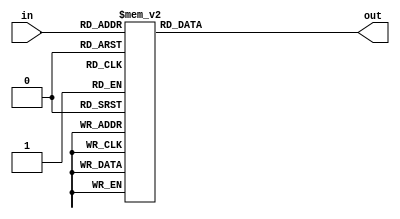
module SevenSegment_2(in,out);
input [3:0]in;
output [3:0]out;
reg [3:0]out;
	always@(*)
	begin
		case(in)
			4'h0: out = 12;
			4'h1: out = 13;
			4'h2: out = 9;
			4'h3: out = 5;
			4'h4: out = 14;
			4'h5: out = 10;
			4'h6: out = 6;
			4'h7: out = 15;
			4'h8: out = 11;
			4'h9: out = 7;
			4'ha: out = 8;
			4'hb: out = 4;
			4'hc: out = 3;
			4'hd: out = 2;
			4'he: out = 1;
			4'hf: out = 0;
		endcase
	end
endmodule